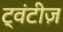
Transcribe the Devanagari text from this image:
ट्वंटीज़